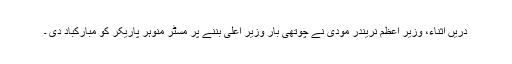
دریں اثناء، وزیر اعظم نریندر مودی نے چوتھی بار وزیر اعلی بننے پر مسٹر منوہر پاریکر کو مبارکباد دی ۔